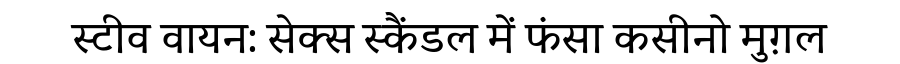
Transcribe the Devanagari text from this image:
स्टीव वायन: सेक्स स्कैंडल में फंसा कसीनो मुग़ल